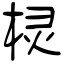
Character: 棂